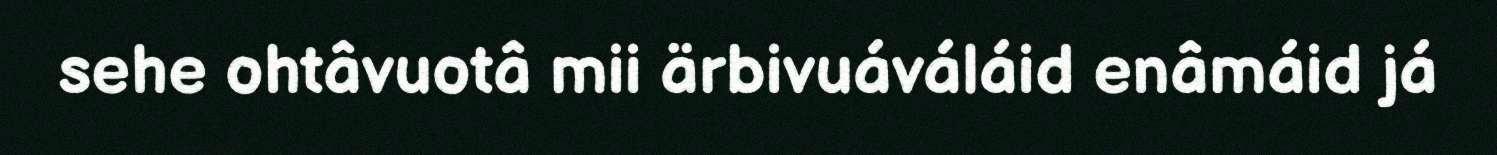
sehe ohtâvuotâ mii ärbivuáváláid enâmáid já